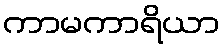
ကာမကာရိယာ